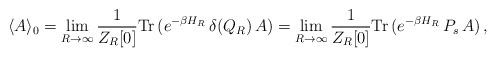
\begin{align*}\langle A \rangle _{0} = \lim_{R\rightarrow\infty}\frac{1}{Z_{R}[0]} \mbox{Tr}\, (e^{-\beta H_{R}}\, \delta(Q_R)\, A) =\lim_{R\rightarrow\infty} \frac{1}{Z_{R}[0]}\mbox{Tr}\, (e^{-\beta H_{R}}\,P_{s}\,A)\,,\end{align*}